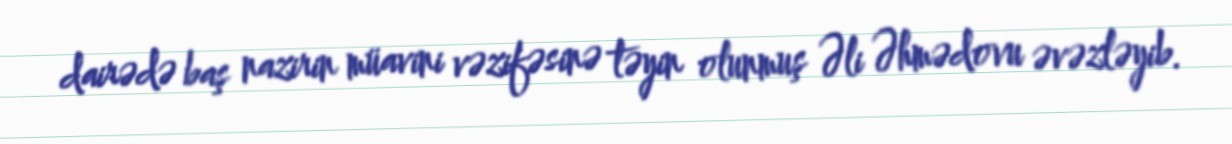
dairədə baş nazirin müavini vəzifəsinə təyin olunmuş Əli Əhmədovu əvəzləyib.